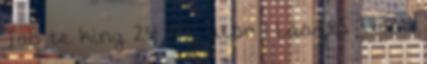
Tao te king 24 Az úton 1 László Ilona